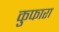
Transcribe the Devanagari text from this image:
कुफारा